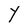
Character: Y